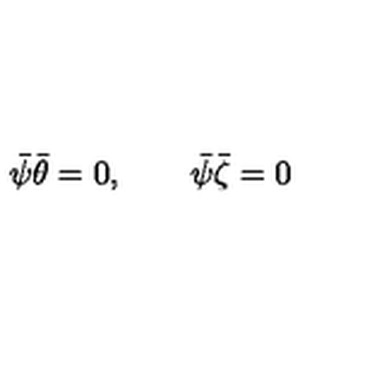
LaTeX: \bar { \psi } \bar { \theta } = 0 , \qquad \bar { \psi } \bar { \zeta } = 0